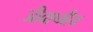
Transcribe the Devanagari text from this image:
जीवाष्मीय